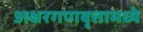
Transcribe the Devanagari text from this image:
अक्षरगणवृत्तामध्ये